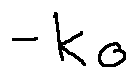
- k o